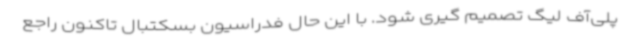
پلی‌آف لیگ تصمیم گیری شود. با این حال فدراسیون بسکتبال تاکنون راجع